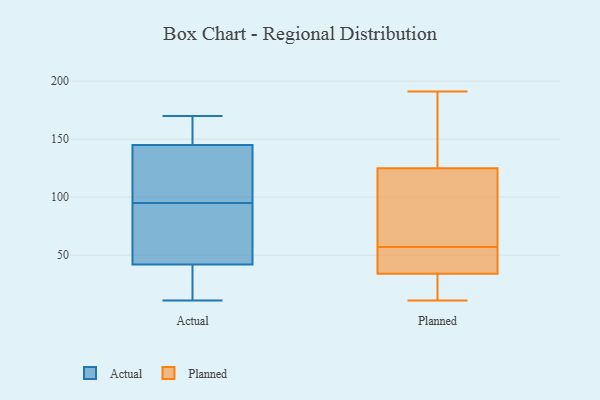
{"axis": {"x": "Conversion Rate (%)", "y": "Value"}, "legend": ["Actual", "Planned"], "data": [{"x": "", "y": 170, "type": "Actual"}, {"x": "", "y": 22, "type": "Actual"}, {"x": "", "y": 145, "type": "Actual"}, {"x": "", "y": 42, "type": "Actual"}, {"x": "", "y": 146, "type": "Actual"}, {"x": "", "y": 78, "type": "Actual"}, {"x": "", "y": 11, "type": "Actual"}, {"x": "", "y": 106, "type": "Actual"}, {"x": "", "y": 84, "type": "Actual"}, {"x": "", "y": 138, "type": "Actual"}, {"x": "", "y": 11, "type": "Planned"}, {"x": "", "y": 121, "type": "Planned"}, {"x": "", "y": 177, "type": "Planned"}, {"x": "", "y": 12, "type": "Planned"}, {"x": "", "y": 70, "type": "Planned"}, {"x": "", "y": 182, "type": "Planned"}, {"x": "", "y": 66, "type": "Planned"}, {"x": "", "y": 31, "type": "Planned"}, {"x": "", "y": 191, "type": "Planned"}, {"x": "", "y": 38, "type": "Planned"}, {"x": "", "y": 37, "type": "Planned"}, {"x": "", "y": 15, "type": "Planned"}, {"x": "", "y": 48, "type": "Planned"}, {"x": "", "y": 44, "type": "Planned"}, {"x": "", "y": 102, "type": "Planned"}, {"x": "", "y": 129, "type": "Planned"}]}